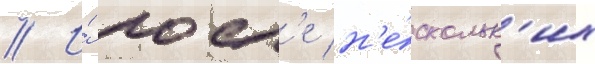
// И́ посл'е н'е́скольк'их